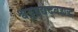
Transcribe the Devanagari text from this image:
श्वठ्ठद्दद्यद्बह्यद्ध